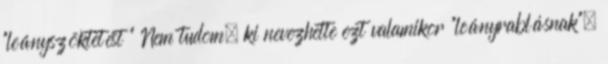
"leányszöktetést " Nem tudom, ki nevezhette ezt valamikor "leányrablásnak",